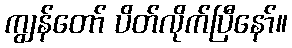
ကျွန်တော် ပိတ်လိုက်ပြီနော်။